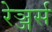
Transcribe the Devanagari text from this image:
रेञ्जर्स